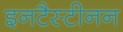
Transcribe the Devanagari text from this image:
इनटैस्टीनन